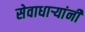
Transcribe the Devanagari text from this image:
सेवाधार्‍यांनी